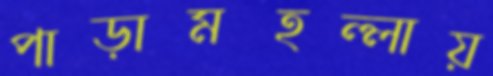
পাড়ামহল্লায়